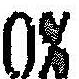
0%